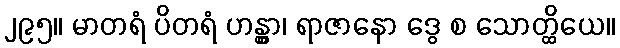
၂၉၅။ မာတရံ ပိတရံ ဟန္တွာ၊ ရာဇာနော ဒွေ စ သောတ္ထိယေ။